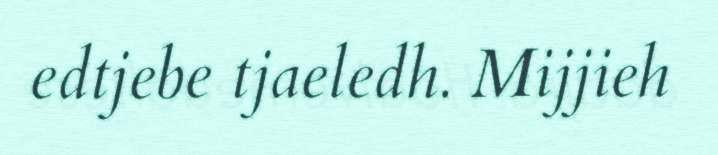
edtjebe tjaeledh. Mijjieh